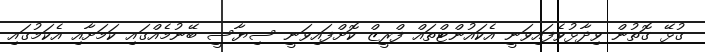
ގުޅޭ ގޮތުން ވިދާޅުވެފައިވަނީ އެކައުންޓްތައް ފްރީޒް ކޮށްފައިވަނީ ސިޔާސީ ބޭނުމެއްގައި ކަމަށާއި އެކަމުގައި